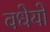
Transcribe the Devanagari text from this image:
वधेयो